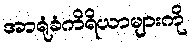
အာရုံခံကိရိယာများကို